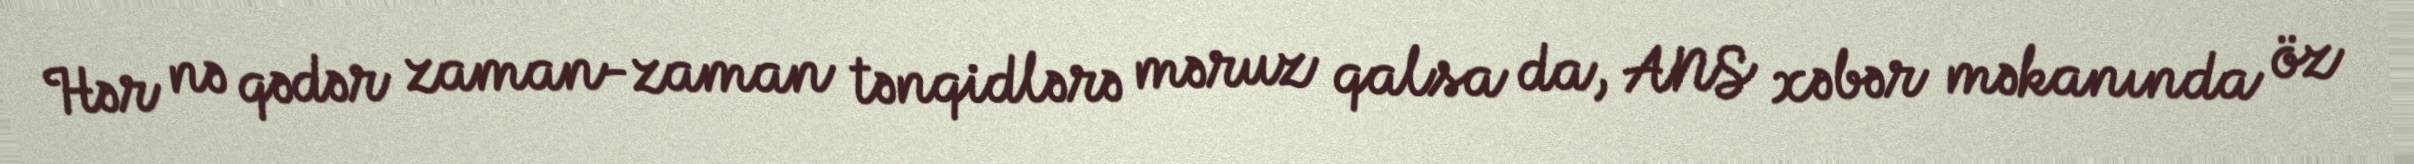
Hər nə qədər zaman-zaman tənqidlərə məruz qalsa da, ANS xəbər məkanında öz